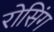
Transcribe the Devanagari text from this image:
रोसिंग